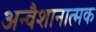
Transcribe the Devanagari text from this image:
अन्वैशानात्मक